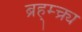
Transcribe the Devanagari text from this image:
ब्रह्म्च्र्य